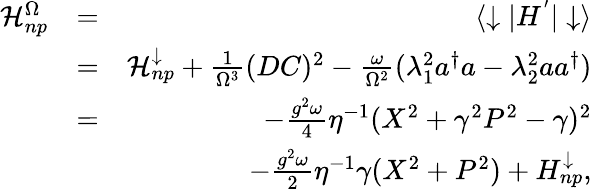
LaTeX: \begin{array}{rlr}{\mathcal{H}_{np}^{\Omega}}&{=}&{\langle\downarrow\vert H^{’}\vert\downarrow\rangle}\\ &{=}&{\mathcal{H}_{np}^{\downarrow}+\frac{1}{\Omega^{3}}(DC)^{2}-\frac{\omega}{\Omega^{2}}(\lambda_{1}^{2}a^{\dagger}a-\lambda_{2}^{2}aa^{\dagger})}\\ &{=}&{-\frac{g^{2}\omega}{4}\eta^{-1}(X^{2}+\gamma^{2}P^{2}-\gamma)^{2}}\\ &{}&{-\frac{g^{2}\omega}{2}\eta^{-1}\gamma(X^{2}+P^{2})+H_{np}^{\downarrow},}\end{array}